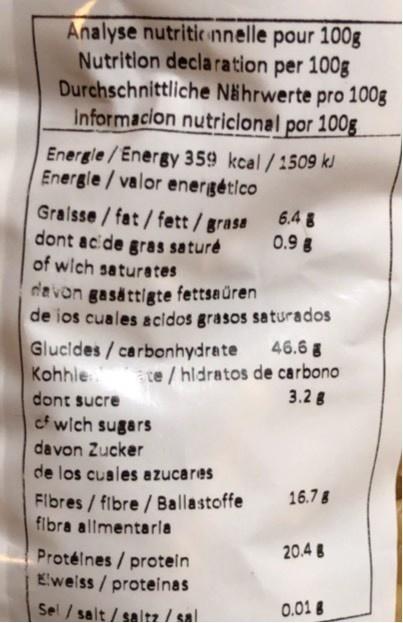
Analyse nutritic nnelle pour 100g Nutrition declaration per 100g Durchschnittliche Nährwerte pro 100g Informacion nutriclonal por 100g
Energle/Energy 359 kcal /1509 kJ Energle/valor energético
Gralsse/ fat/fett/grasa dont acide gras saturé of wich saturates
6.4 g 0.9
davon gasättigte fettsaüren de ios cuales acidos grasos saturados
46.6 g
Glucldes/carbonhydrate Kohhle te / hldratos de carbono dont sucre cf wich sugars davon Zucker
3.2g
de los cusles azucares
16.7g
Flbres/ fibre/Ballastoffe fibra allmentarla
20.4
Protélnes / protein Eweiss/ proteinas
Sel / salt / saltz / sal
0.01 8